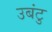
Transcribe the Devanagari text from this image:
उबंटु